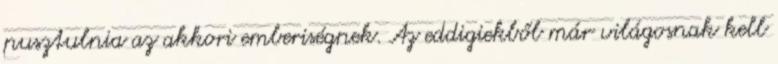
pusztulnia az akkori emberiségnek. Az eddigiekből már világosnak kell